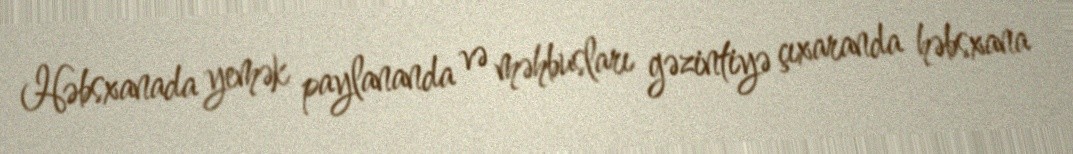
Həbsxanada yemək paylananda və məhbusları gəzintiyə çıxaranda həbsxana